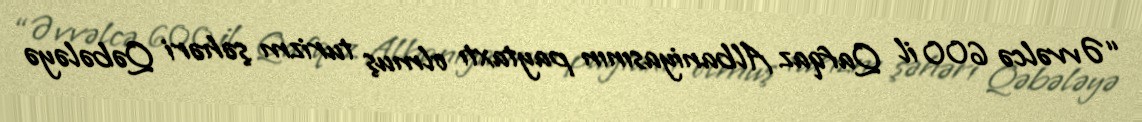
“Əvvəlcə 600 il Qafqaz Albaniyasının paytaxtı olmuş turizm şəhəri Qəbələyə